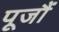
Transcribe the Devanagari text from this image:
पूजौं